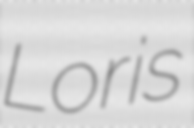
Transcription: Loris